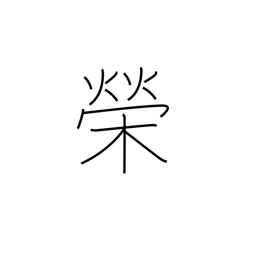
Meaning: splendour